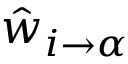
\hat { w } _ { i \to \alpha }